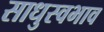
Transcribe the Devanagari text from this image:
साधुस्वभाव